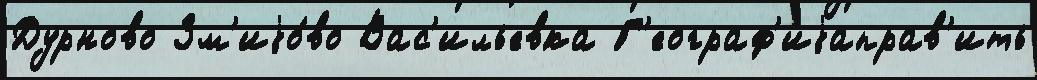
Дурново Зм'иjо́во Вас'ильевка Г'еограф'иjаправ'ить